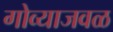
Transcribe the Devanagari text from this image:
गोव्याजवळ